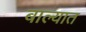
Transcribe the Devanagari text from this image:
बाल्यात